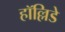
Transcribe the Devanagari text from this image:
हॉल्लिडे